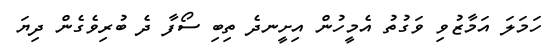
ހަމަލަ އަމާޒުވި ވަގުތު އެމީހުން އިށީނދެ ތިބި ސޯފާ ދެ ބުރިވެގެން ދިޔަ